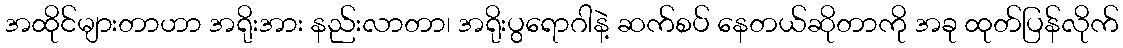
အထိုင်များတာဟာ အရိုးအား နည်းလာတာ၊ အရိုးပွရောဂါနဲ့ ဆက်စပ် နေတယ်ဆိုတာကို အခု ထုတ်ပြန်လိုက်